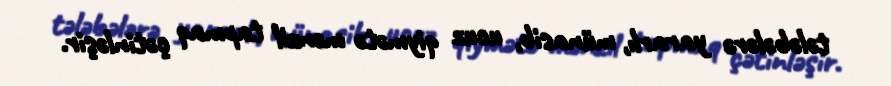
tələbələrə yararlı, münasib, ucuz qiymətə mənzil tapmaq çətinləşir.